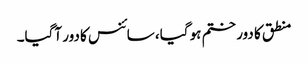
منطق کا دور ختم ہو گیا، سائنس کا دور آگیا۔